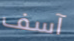
آسف